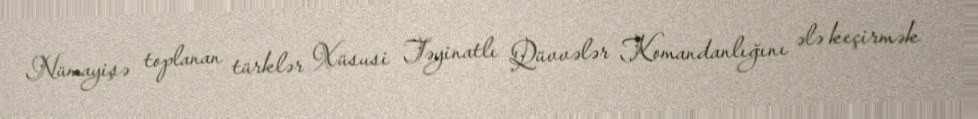
Nümayişə toplanan türklər Xüsusi Təyinatlı Qüvvələr Komandanlığını ələ keçirmək